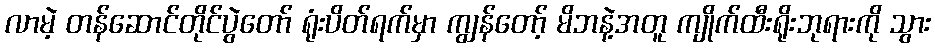
လာမဲ့ တန်ဆောင်တိုင်ပွဲတော် ရုံးပိတ်ရက်မှာ ကျွန်တော့် မိဘနဲ့အတူ ကျိုက်ထီးရိုးဘုရားကို သွား